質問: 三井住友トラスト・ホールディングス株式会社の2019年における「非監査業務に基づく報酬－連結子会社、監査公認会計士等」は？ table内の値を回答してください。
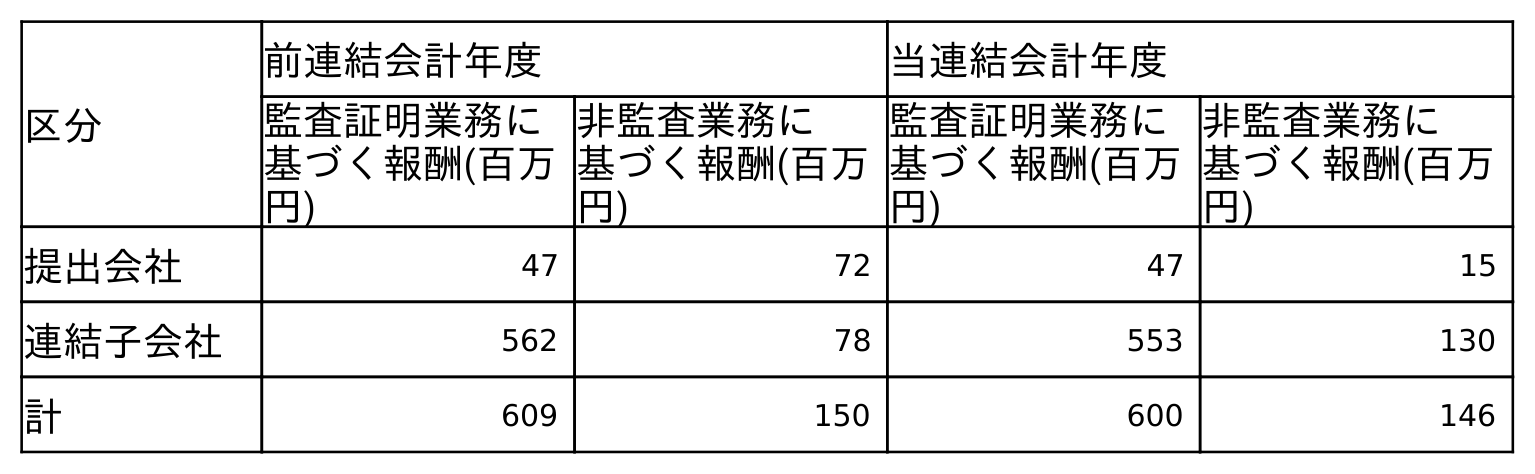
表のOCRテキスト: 区分 前連結会計年度 当連結会計年度 監査証明業務に 基づく報酬(百万 円) 非監査業務に 基づく報酬(百万 円) 監査証明業務に 基づく報酬(百万 円) 非監査業務に 基づく報酬(百万 円) 提出会社 47 72 47 15 連結子会社 562 78 553 130 計 609 150 600 146
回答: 78